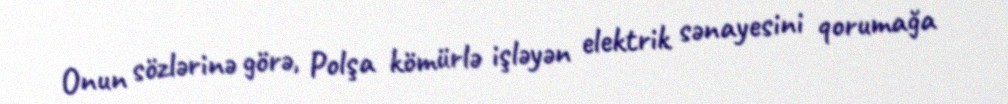
Onun sözlərinə görə, Polşa kömürlə işləyən elektrik sənayesini qorumağa